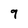
Character: 9